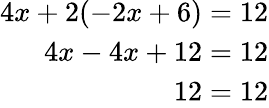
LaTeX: \begin{array}{r}{4x+2(-2x+6)=12}\\ {4x-4x+12=12}\\ {12=12}\end{array}